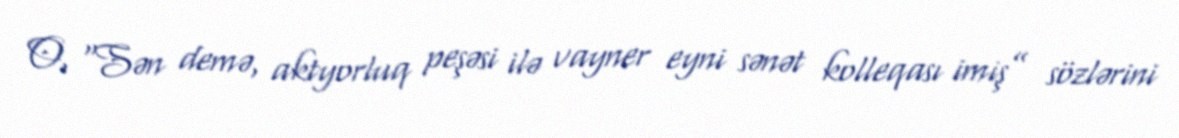
O, “Sən demə, aktyorluq peşəsi ilə vayner eyni sənət kolleqası imiş” sözlərini